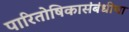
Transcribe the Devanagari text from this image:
पारितोषिकासंबंधीचा